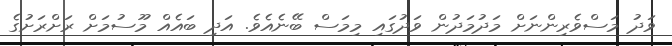
ވަދު މަސްވެރިންނަށް މަދުމަދުން ވަދުގައި މިމަސް ބޭނެއެވެ. އަދި ބައެއް މޫސުމަށް ރަށްރަށުގެ